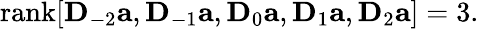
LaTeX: \mathrm{rank}[\mathbf D_{-2}\mathbf a,\mathbf D_{-1}\mathbf a,\mathbf D_{0}\mathbf a,\mathbf D_{1}\mathbf a,\mathbf D_{2}\mathbf a]=3.